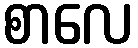
စာလေ